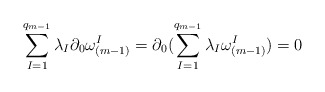
\begin{align*}\sum \limits_{I=1}^{q_{m-1}}\lambda_I\partial_0\omega^I_{(m-1)}=\partial_0(\sum\limits_{I=1}^{q_{m-1}}\lambda_I\omega^I_{(m-1)})=0 \end{align*}